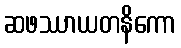
ဆဖဿာယတနိကော